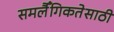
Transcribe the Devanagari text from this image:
समलैँगिकतेसाठी